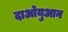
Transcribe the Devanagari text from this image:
दाओयुआन